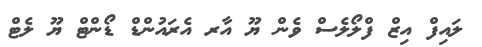
ލައިފް އިޒް ފްލޯލެސް ވެން ޔޫ އާރ އެރައުންޑް ޑޯންޓް ޔޫ ލެޓް